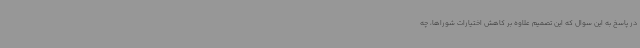
در پاسخ به این سوال که این تصمیم علاوه بر کاهش اختیارات شوراها، چه